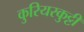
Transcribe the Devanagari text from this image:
कुरियरकुट्टी